Civil Veterinary Dept. Assam report 1911-1927 - 1911-1927
Year: 1911
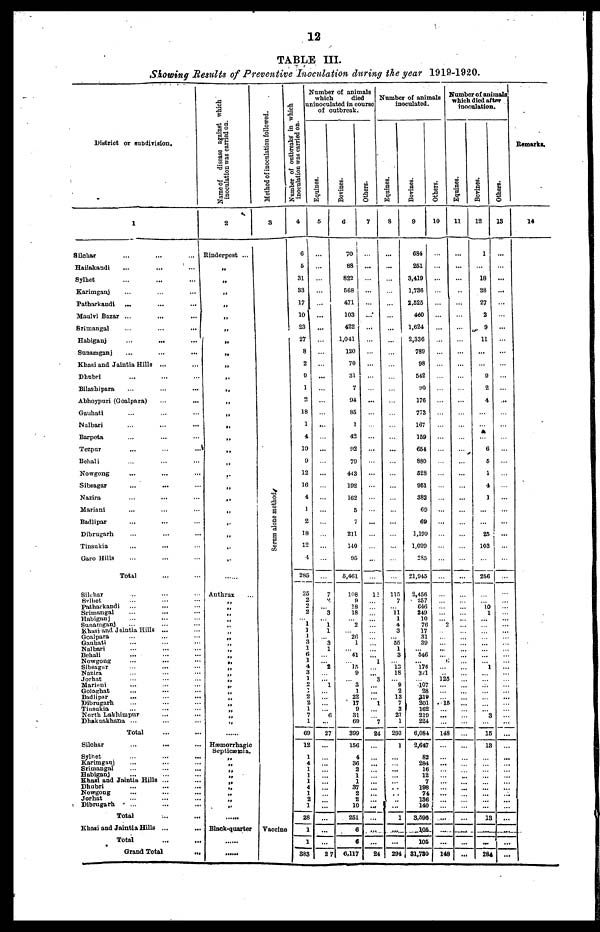
12
TABLE III.
Showing Results of Preventive Inoculation during the year 1919-1920.
District or subdivision.
1
Silchar
Hailakandi
Sylhet
Karimganj
Patharkandi
...
Maulvi Bazar ...
...
Srimangal
...
...
...
Habiganj
...
...
...
Sumunganj
...
...
...
Khasi and Jaintia Hills ...
Dhubri
Bilashipara
Abhoypuri (Goalpara)
Gauhati
Nalbari
Barpeta
Tezpur
Behali
Nowgong
Sibsagar
Nazira
...
...
Mariani
Badlipar
Dibrugarh
Tinsukia
Garo Hills
Total
Silehar
Svlhet
Patharkandi
Srimangal
Habiganj
Sunamganj
Khasi and Jaintia Hills ...
Goalpara
Gauhati
Nalbari
Behali
Nowgong
Sibsagar
Nazira
Jorhat
Mariani
Golaghat
Badlipar
Dibrugarh
Tinsukia
North Lakhimpur
Dhakuakhana ...
Total
Silchar
Sylhet
Karimganj
Srimangal
Habiganj
Khasi and Jaintia Hills ...
Dhubri
Nowgong
Jorhat
Dibrugarh
Total
Khasi and Jaintia Hills ...
Total
Grand Total
...
Name of
disease against which
inoculation was carried on.
2
Rinderpest ...
„
„
„
„
„
„
„
„
„
,.
„
„
„
„
„
„
„
„
„
„
„
„
„
„
„
Anthrax
„
„
„
„
„
„
„
„
„
„
„
Hæmorrhagic
Septicæmia.
„
„
„
„
„
„
Black-quarter
Method of inoculation followed.
3
Serum alone method
Vaccine
Number of outbreaks* in which
inoculation was carried on.
4
6
5
31
33
17
10
23
27
8
2
9
1
2
18
1
4
10
9
12
16
4
1
2
18
12
4
285
26
2
2
2
1
1
1
3
1
6
1
4
3
1
2
1
2
2
1
7
1
69
12
1
4
1
1
1
4
1
2
1
28
1
1
383
Number of animals
which
died
inoculated in course
of outbreak.
Equines.
5
..
...
...
...
7
2
"3
1
1
3
1
2
1
6
27
27
Bovines.
6
70
88
822
668
471
103
422
1,041
120
70
31
7
94
85
1
42
92
79
443
192
162
5
7
211
140
95
6,461
108
9
18
18
2
26
1
41
15 9
3 1
22
17
9
31
69
399
156
4
36
2
1
1
37
2
2
10
251
6
6
6,117
Others.
7
...
...
...
...
12
1
3
1
7
24
...
...
24
Number of animals
inoculated.
Equines.
8
...
115
7
11
1
4
3
55
1
3
13
18
9
2
13
7
3
27
1
293
1
1
1
...
291
Bovines.
9
684
251
3,419
1,736
2,525
460
1,624
2,336
789
98
542
90
176
773
107
159
651
880
528
951
382
69
69
1,199
1,099
285
21,945
2,456
257
646
249
10
76
17
31
39
"546
176
321
107
28
319
201
162
219
224
6,084
2,647
82
284
16
12
7
198
74
136
140
3,596
105
105
31,730
Others.
10
0
125
15
148
..
...
...
...
148
Equines.
11
..
...
..
...
Bovines.
12
1
18
28
27
2
9
11
9
2
4
6
5
1
4
1
25
103
256
10 1
1
3
15
13
13
...
...
284
Others.
13
...
...
...
...
...
...
...
Remarks.
14